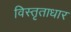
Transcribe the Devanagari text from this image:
विस्तृताधार